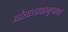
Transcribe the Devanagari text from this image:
यांसारख्यागुप्तचर